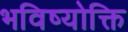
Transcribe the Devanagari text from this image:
भविष्योक्ति